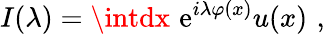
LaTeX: I(\lambda)=\intdx\, \, \mathrm{e}^{i\lambda\varphi(x)}u(x)\, \, ,